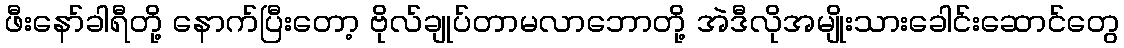
ဖီးနော်ခါရီတို့ နောက်ပြီးတော့ ဗိုလ်ချုပ်တာမလာဘောတို့ အဲဒီလိုအမျိုးသားခေါင်းဆောင်တွေ